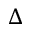
\Delta